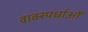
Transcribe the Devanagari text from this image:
वाक्स्पर्धाओं